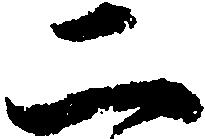
二